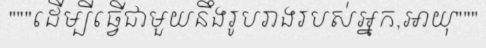
"""ដើម្បីធ្វើជាមួយនឹងរូបរាងរបស់អ្នក,អាយុ"""